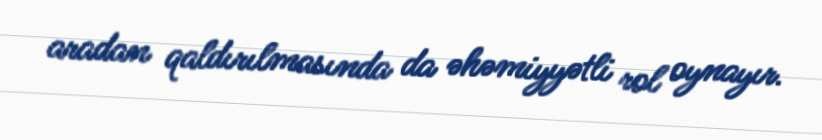
aradan qaldırılmasında da əhəmiyyətli rol oynayır.